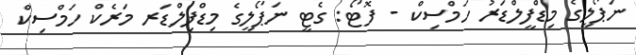
ނަޕޯލީގެ މިޑްފީލްޑަރު ހަމްސިކް - ފޮޓޯ: ގެޓީ ނަޕޯލީގެ މިޑްފިލްޑަރ މަރެކް ހަމްސިކް